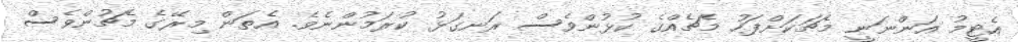
އެޓީމު އަންނަނީ މެޗަކަށްފަހު މެޗެއްގެ ކުޅުންވެސް ރަނގަޅު ކުރަމުންނެވެ. އެތަން މިރޭގެ މެޗުންވެސް